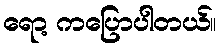
ရော့ ကပြောပါတယ်။